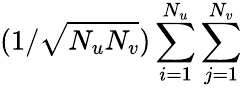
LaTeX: (1/\sqrt{N_{u}N_{v}})\sum_{i=1}^{N_{u}}\sum_{j=1}^{N_{v}}